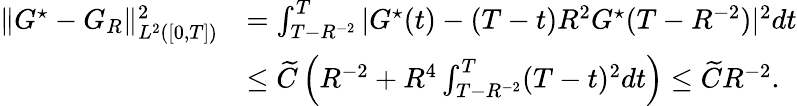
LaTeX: \begin{array}{rl}{\| G^{\star}-{G}_{R}\| _{L^{2}([0,T])}^{2}}&{=\int_{T-R^{-2}}^{T}|G^{\star}(t)-(T-t)R^{2}G^{\star}(T-R^{-2})|^{2}dt}\\ &{\le\widetilde C\left(R^{-2}+R^{4}\int_{T-R^{-2}}^{T}(T-t)^{2}dt\right)\le\widetilde CR^{-2}.}\end{array}